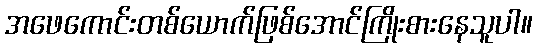
အဖေကောင်းတစ်ယောက်ဖြစ်အောင်ကြိုးစားနေသူပါ။